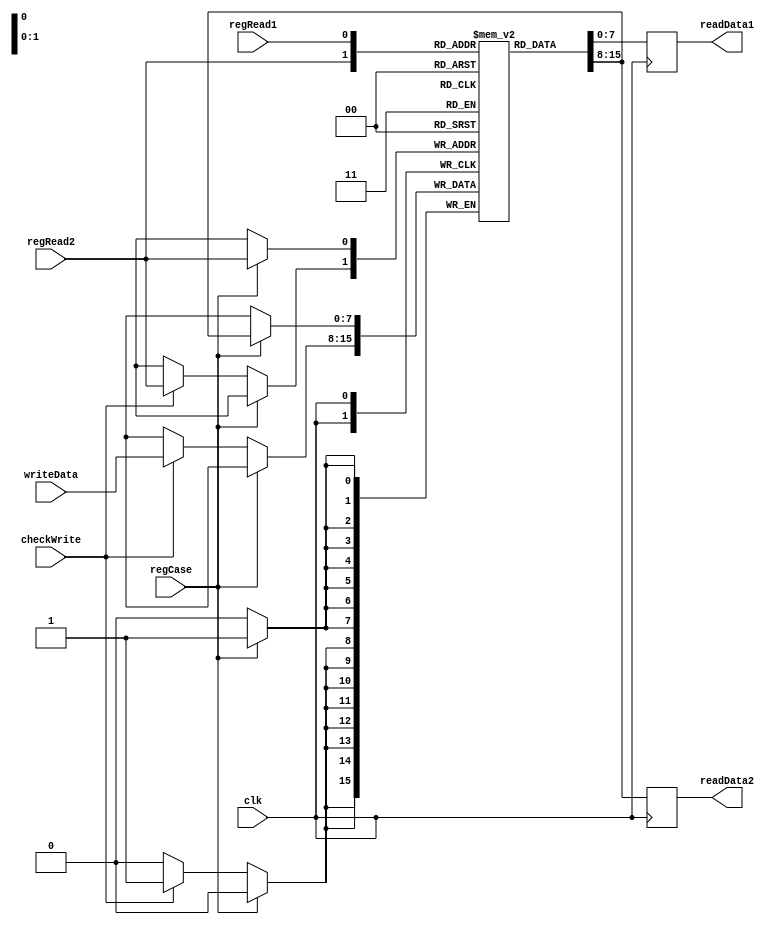
// register file for 8-bit
module register_file (clk, regRead1, regRead2, writeData, regCase, checkWrite, readData1, readData2);
    
    input clk, checkWrite, regRead1, regRead2, regCase;
    input [7:0] writeData;
    reg [7:0] registers[0:1];
    output reg [7:0] readData1, readData2;    
    
    initial
        begin
            registers[0] = 8'b00000001; //1
            registers[1] = 8'b00000100; //4
        end
    
    //Write data happens during rising clock edge.
    always@(posedge clk)
        begin
            if(regCase) begin
                    //do nothing as we need the same value from the register that we currently have
                    registers[regRead2] <= registers[regRead2];
                end
            else begin
                    if(checkWrite) //begin
                        registers[regRead2] <= writeData; //writing data to register2
//                        end
//                    else
//                        begin
                            //do nothing
//                        registers[regRead2] <= registers[regRead2];
//                        end
                end
        end
    
    //Read data happens during falling clock edge.
    always@(negedge clk)
        begin
            readData1 <= registers[regRead1]; //reading data from register1
            readData2 <= registers[regRead2]; //reading data from register2
        end
    
endmodule